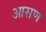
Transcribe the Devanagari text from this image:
आसण